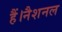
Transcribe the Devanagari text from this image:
हैं।नैशनल